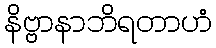
နိဗ္ဗာနာဘိရတာဟံ